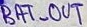
Text: BAT_OUT